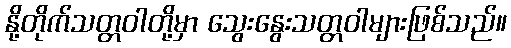
နို့တိုက်သတ္တဝါတို့မှာ သွေးနွေးသတ္တဝါများဖြစ်သည်။